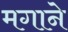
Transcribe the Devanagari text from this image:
मगाने